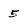
Character: 5